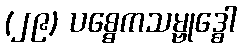
(၂၉) ပစ္စေကသမ္ဗုဒ္ဓေါ